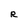
Character: R